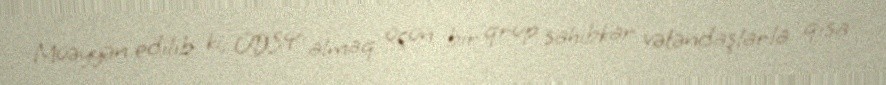
Müəyyən edilib ki, ÜDSY almaq üçün bir qrup sahibkar vətəndaşlarla qısa